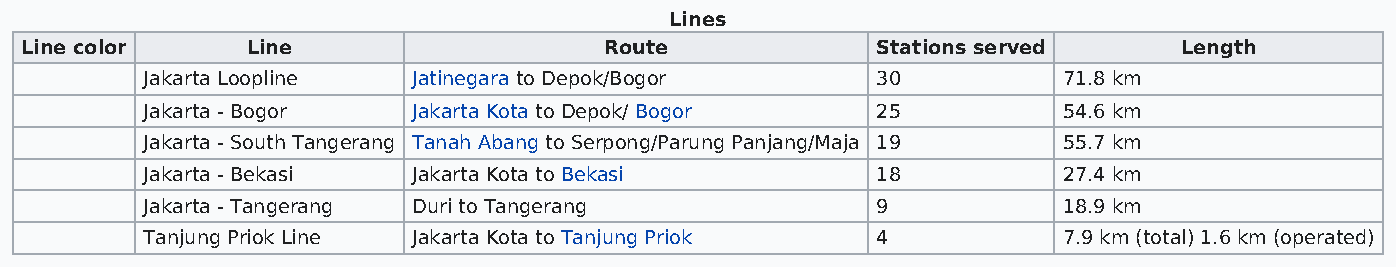
Lines
 Line color     Line                    Route             Stations served     Length
 orange  Jakarta Loopline  Jatinegara to Depok/Bogor      30          71.8 km
 red     Jakarta - Bogor   Jakarta Kota to Depok/ Bogor   25          54.6 km
 green   Jakarta - South Tangerang Tanah Abang to Serpong/Parung Panjang/Maja 19 55.7 km
 blue    Jakarta - Bekasi  Jakarta Kota to Bekasi         18          27.4 km
 brown   Jakarta - Tangerang Duri to Tangerang            9           18.9 km
 pink    Tanjung Priok Line Jakarta Kota to Tanjung Priok 4           7.9 km (total) 1.6 km (operated)